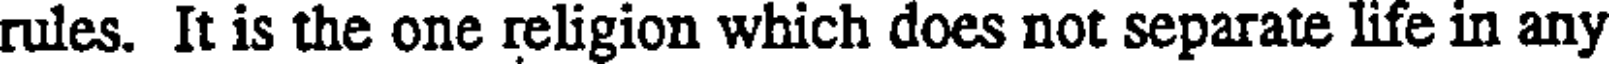
rules. It is the one religion which does not separate life in any